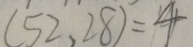
( 5 2 , 2 8 ) = 4